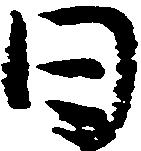
日